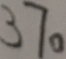
3 7 0